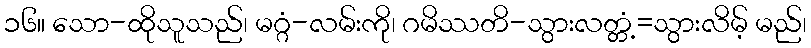
၁၆။ သော-ထိုသူသည်၊ မဂ္ဂံ-လမ်းကို၊ ဂမိဿတိ-သွားလတ္တံ့=သွားလိမ့် မည်၊